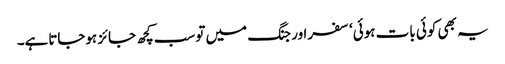
یہ بھی کوئی بات ہوئی‘ سفراور جنگ میں توسب کچھ جائز ہوجاتاہے۔